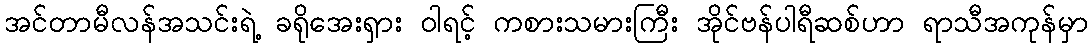
အင်တာမီလန်အသင်းရဲ့ ခရိုအေးရှား ဝါရင့် ကစားသမားကြီး အိုင်ဗန်ပါရီဆစ်ဟာ ရာသီအကုန်မှာ